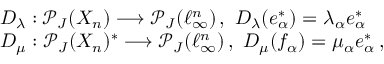
\begin{array} { r l } & { D _ { \lambda } : \mathcal { P } _ { J } ( X _ { n } ) \longrightarrow \mathcal { P } _ { J } ( \ell _ { \infty } ^ { n } ) \, , \, \, D _ { \lambda } ( e _ { \alpha } ^ { * } ) = \lambda _ { \alpha } e _ { \alpha } ^ { * } } \\ & { D _ { \mu } : \mathcal { P } _ { J } ( X _ { n } ) ^ { * } \longrightarrow \mathcal { P } _ { J } ( \ell _ { \infty } ^ { n } ) \, , \, \, D _ { \mu } ( f _ { \alpha } ) = \mu _ { \alpha } e _ { \alpha } ^ { * } \, , } \end{array}